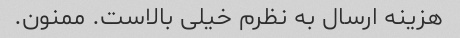
هزینه ارسال به نظرم خیلی بالاست. ممنون.